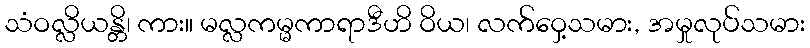
သံဝလ္လိယန္တိ၊ ကား။ မလ္လကမ္မကာရာဒီဟိ ဝိယ၊ လက်ဝှေ့သမား, အမှုလုပ်သမား